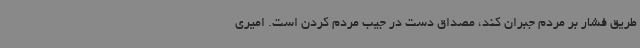
طریق فشار بر مردم جبران کند، مصداق دست در جیب مردم کردن است. امیری